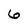
Character: 6